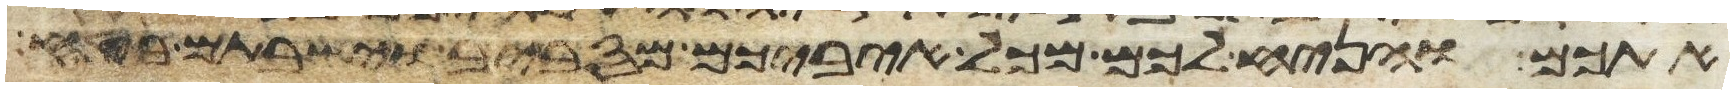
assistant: אתכם והניח לכם מכל איביכם מסביב וישבתם בטח